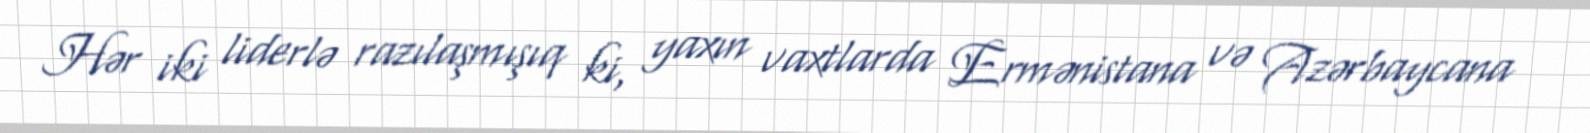
Hər iki liderlə razılaşmışıq ki, yaxın vaxtlarda Ermənistana və Azərbaycana